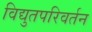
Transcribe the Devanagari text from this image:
विद्युतपरिवर्तन